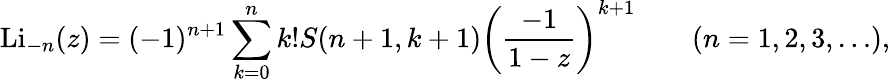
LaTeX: \operatorname{Li}_{-n}(z)=(-1)^{n+1}\sum_{k=0}^{n}k!S(n+1,k+1)\left({\frac{-1}{1-z}}\right)^{k+1}\qquad(n=1,2,3,\ldots),